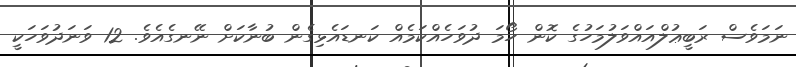
ނަމަވެސް ރަބީޢުލްއައްވަލުމަހުގެ ކޮން ހޯމަ ދުވަހެއްކަމެއް ކަނޑައެޅިގެން ބުނާކަށް ނޭނގެއެވެ. 12 ވަނަދުވަހަކީ